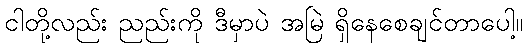
ငါတို့လည်း ညည်းကို ဒီမှာပဲ အမြဲ ရှိနေစေချင်တာပေါ့။